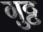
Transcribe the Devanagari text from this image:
गुट्ट